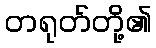
တရုတ်တို့၏